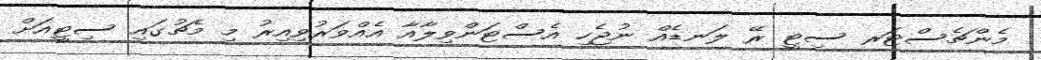
މެންޗެސްޓަރ ސިޓީ ރޭ ލަނޑެއް ނުޖެހި އެސްޓަންވިލާއާ އެއްވަރުވިއިރު މި މެޗުގައި ސިޓީއަށް